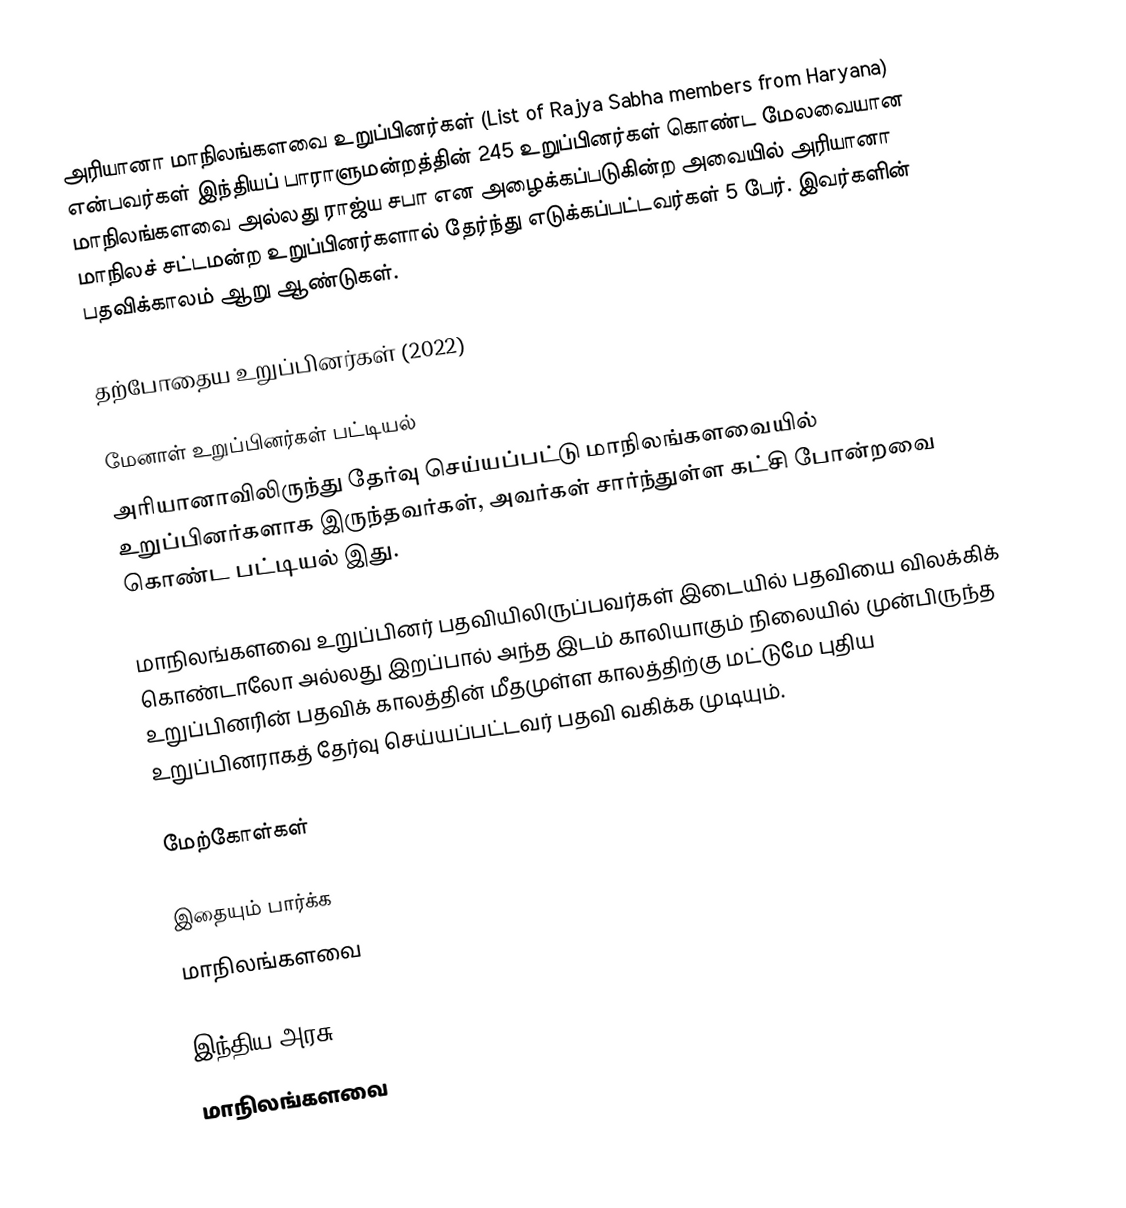
அரியானா மாநிலங்களவை உறுப்பினர்கள் (List of Rajya Sabha members from Haryana) என்பவர்கள் இந்தியப் பாராளுமன்றத்தின் 245 உறுப்பினர்கள் கொண்ட மேலவையான மாநிலங்களவை அல்லது ராஜ்ய சபா  என அழைக்கப்படுகின்ற அவையில் அரியானா மாநிலச் சட்டமன்ற உறுப்பினர்களால் தேர்ந்து எடுக்கப்பட்டவர்கள் 5 பேர். இவர்களின் பதவிக்காலம் ஆறு ஆண்டுகள்.

தற்போதைய உறுப்பினர்கள் (2022)

மேனாள் உறுப்பினர்கள் பட்டியல்
அரியானாவிலிருந்து தேர்வு செய்யப்பட்டு மாநிலங்களவையில் உறுப்பினர்களாக இருந்தவர்கள், அவர்கள் சார்ந்துள்ள கட்சி போன்றவை கொண்ட பட்டியல் இது.

 மாநிலங்களவை உறுப்பினர் பதவியிலிருப்பவர்கள் இடையில் பதவியை விலக்கிக் கொண்டாலோ அல்லது இறப்பால் அந்த இடம் காலியாகும் நிலையில் முன்பிருந்த உறுப்பினரின் பதவிக் காலத்தின் மீதமுள்ள காலத்திற்கு மட்டுமே புதிய உறுப்பினராகத் தேர்வு செய்யப்பட்டவர் பதவி வகிக்க முடியும்.

மேற்கோள்கள்

இதையும் பார்க்க
மாநிலங்களவை

இந்திய அரசு
மாநிலங்களவை